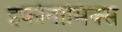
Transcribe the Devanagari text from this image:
इकोनामिक्स